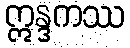
ဣန္ဒကဿ